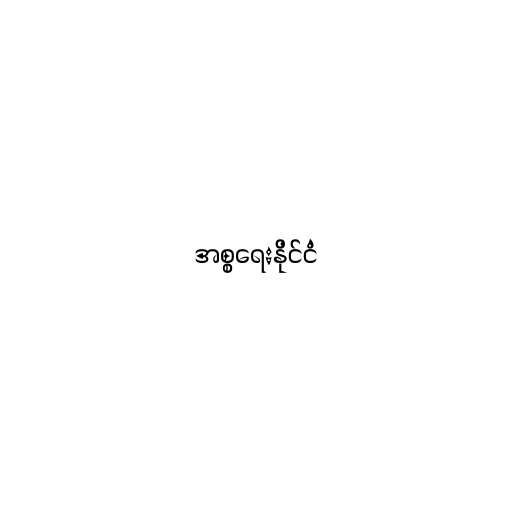
အစ္စရေးနိုင်ငံ